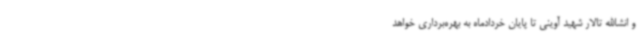
و انشاالله تالار شهید آوینی تا پایان خردادماه به بهره‌برداری خواهد